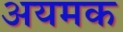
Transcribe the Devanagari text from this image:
अयमक